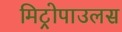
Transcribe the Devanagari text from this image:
मिट्रोपाउलस